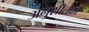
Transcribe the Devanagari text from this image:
अनुशीलकों